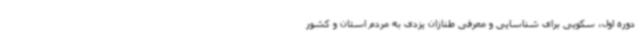
دوره اول، سکویی برای شناسایی و معرفی طنازان یزدی به مردم استان و کشور